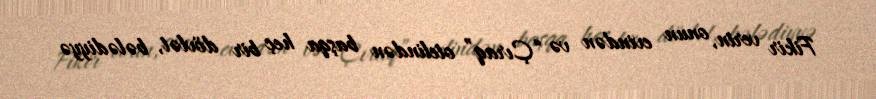
Fikir verin, onun evindən və “Çıraq” otelindən başqa heç bir dövlət, bələdiyyə